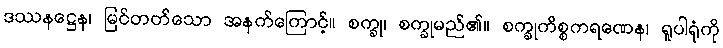
ဒဿနဋ္ဌေန၊ မြင်တတ်သော အနက်ကြောင့်။ စက္ခု၊ စက္ခုမည်၏။ စက္ခုကိစ္စကရဏေန၊ ရူပါရုံကို